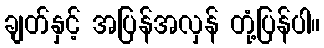
ချတ်နှင့် အပြန်အလှန် တုံ့ပြန်ပါ။